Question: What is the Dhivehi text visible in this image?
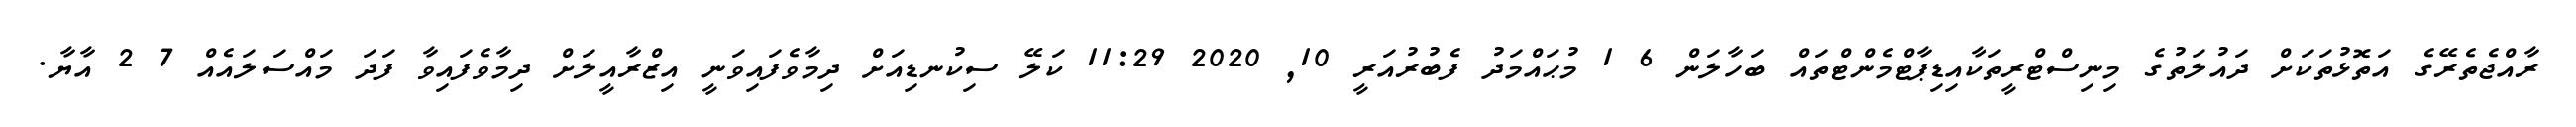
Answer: ރާއްޖެތެރޭގެ އަތޮޅުތަކަށް ދައުލަތުގެ މިނިސްޓްރީތަކާއިޑިޕާޓްމެންޓްތައް ބަހާލަން 6 1 މުޙައްމަދު ފެބުރުއަރީ 10, 2020 11:29 ކަލޭ ސިކުނޑިއަށް ދިމާވެފައިވަނީ އިޒްރާއީލަށް ދިމާވެފައިވާ ފަދަ މައްސަލައެއް 7 2 އާޔާ.